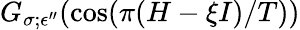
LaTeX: G_{\sigma;\epsilon^{\prime\prime}}(\cos(\pi(H-\xi I)/T))